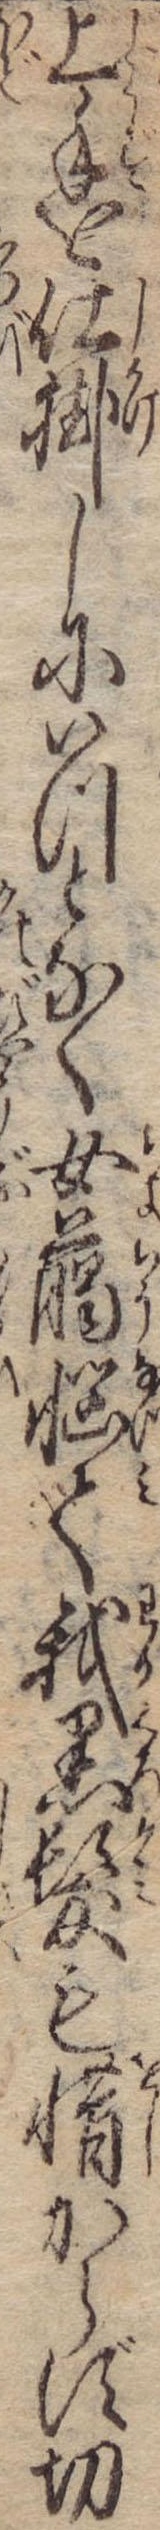
上手を仕掛しにいつとなく女﨟悩て我黒髪も惜からず切